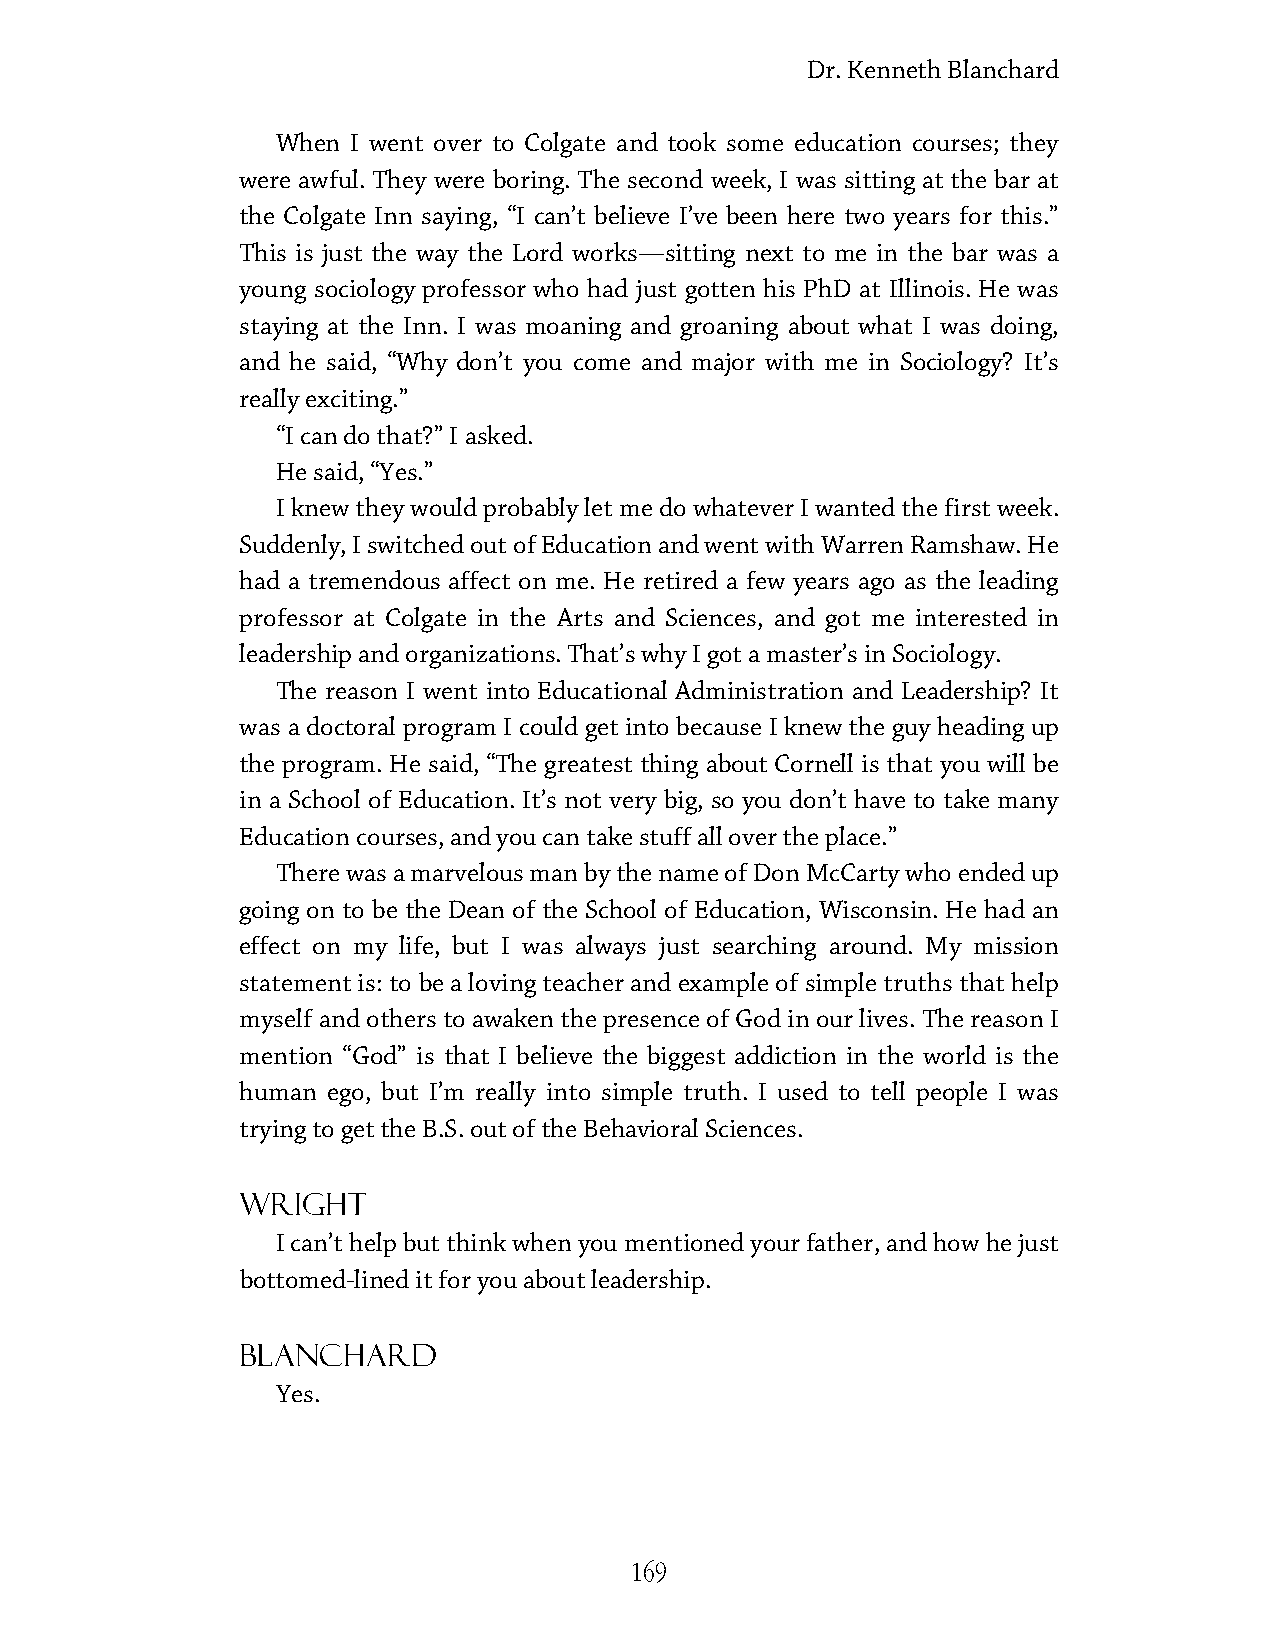
Dr. Kenneth Blanchard
 When I went over to Colgate and took some education courses; they
 were awful. They were boring. The second week, I was sitting at the bar at
 the Colgate Inn saying, “I can’t believe I’ve been here two years for this.”
 This is just the way the Lord works—sitting next to me in the bar was a
 young sociology professor who had just gotten his PhD at Illinois. He was
 staying at the Inn. I was moaning and groaning about what I was doing,
 and he said, “Why don’t you come and major with me in Sociology? It’s
 really exciting.”
 “I can do that?” I asked.
 He said, “Yes.”
 I knew they would probably let me do whatever I wanted the first week.
 Suddenly, I switched out of Education and went with Warren Ramshaw. He
 had a tremendous affect on me. He retired a few years ago as the leading
 professor at Colgate in the Arts and Sciences, and got me interested in
 leadership and organizations. That’s why I got a master’s in Sociology.
 The reason I went into Educational Administration and Leadership? It
 was a doctoral program I could get into because I knew the guy heading up
 the program. He said, “The greatest thing about Cornell is that you will be
 in a School of Education. It’s not very big, so you don’t have to take many
 Education courses, and you can take stuff all over the place.”
 There was a marvelous man by the name of Don McCarty who ended up
 going on to be the Dean of the School of Education, Wisconsin. He had an
 effect on my life, but I was always just searching around. My mission
 statement is: to be a loving teacher and example of simple truths that help
 myself and others to awaken the presence of God in our lives. The reason I
 mention “God” is that I believe the biggest addiction in the world is the
 human ego, but I’m really into simple truth. I used to tell people I was
 trying to get the B.S. out of the Behavioral Sciences.
 Wright
 I can’t help but think when you mentioned your father, and how he just
 bottomed-lined it for you about leadership.
 Blanchard
 Yes.
 169